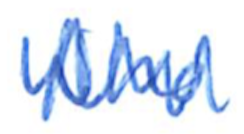
Text: who
Cross-out: zig-zag
Writing tool: ballpoint